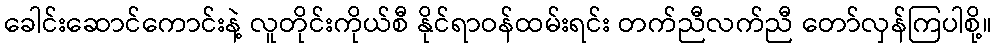
ခေါင်းဆောင်ကောင်းနဲ့ လူတိုင်းကိုယ်စီ နိုင်ရာဝန်ထမ်းရင်း တက်ညီလက်ညီ တော်လှန်ကြပါစို့။